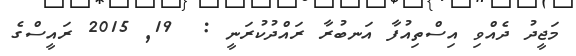
މަޖީދު ދެއްވި އިސްތިއުފާ އަނބުރާ ރައްދުކުރަނީ :  19